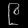
Digit: ၉